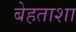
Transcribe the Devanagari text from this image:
बेहताशा